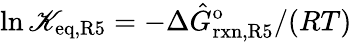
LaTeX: \ln{\mathscr{K}_{\mathrm{{eq,R5}}}}=-\Delta\hat{{G}}_{\mathrm{{rxn,R5}}}^{\mathrm{{o}}}/(RT)